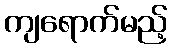
ကျရောက်မည့်